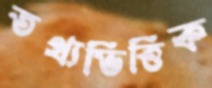
তথ্যভিত্তিক